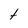
Character: t